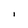
Character: I